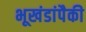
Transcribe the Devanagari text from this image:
भूखंडांपैकी